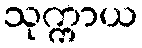
သုက္ကာယ